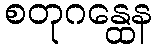
စတုဂန္ထေန